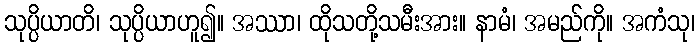
သုပ္ပိယာတိ၊ သုပ္ပိယာဟူ၍။ အဿာ၊ ထိုသတို့သမီးအား။ နာမံ၊ အမည်ကို။ အကံသု၊